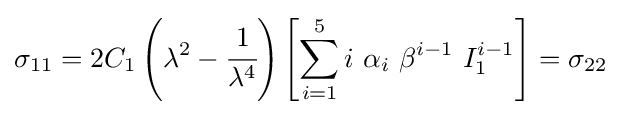
\sigma _{11}=2C_{1}\left(\lambda ^{2}-{\cfrac {1}{\lambda ^{4}}}\right)\left[\sum _{i=1}^{5}i~\alpha _{i}~\beta ^{i-1}~I_{1}^{i-1}\right]=\sigma _{22}~